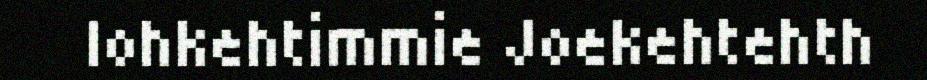
lohkehtimmie Joekehtehth